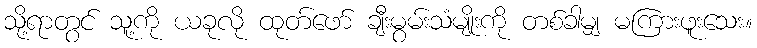
သို့ရာတွင် သူ့ကို ယခုလို ထုတ်ဖော် ချီးမွမ်းသံမျိုးကို တစ်ခါမျှ မကြားဖူးသေး။